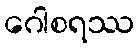
ဂေါစရဿ